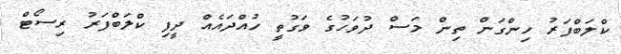
ކްލަބްފަރު ހިންގަން ތިން މަސް ދުވަހުގެ ވަގުތީ ހުއްދައެއް ދީފި ކްލަބްފަރު ރިސޯޓް